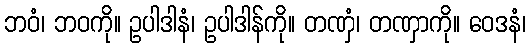
ဘဝံ၊ ဘဝကို။ ဥပါဒါနံ၊ ဥပါဒါန်ကို။ တဏှံ၊ တဏှာကို။ ဝေဒနံ၊